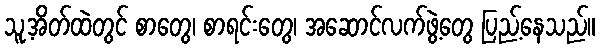
သူ့အိတ်ထဲတွင် စာတွေ၊ စာရင်းတွေ၊ အဆောင်လက်ဖွဲ့တွေ ပြည့်နေသည်။